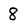
Character: 8